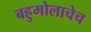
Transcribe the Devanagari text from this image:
बहुमोलाचेच